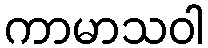
ကာမာသဝါ